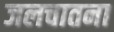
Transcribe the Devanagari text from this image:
जलचातना